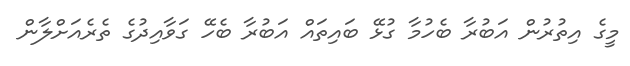
މީގެ އިތުރުން އަބުރާ ބެހުމާ ގުޅޭ ބައިތައް އަބުރާ ބެހޭ ގަވާއިދުގެ ތެރެއަށްލާން